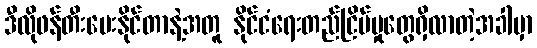
ဒီလိုဖန်တီးပေးနိုင်တာနဲ့အတူ နိုင်ငံရေးတည်ငြိမ်မှုတွေရှိလာတဲ့အခါမှာ